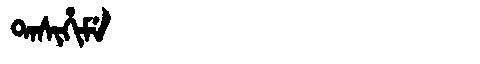
Manchu: ᡨᠠᠰᡳᡥᡳᠮᡝ
Romanization: TASIHIME